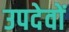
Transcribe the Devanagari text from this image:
उपदेवों